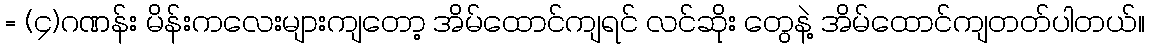
= (၄)ဂဏန်း မိန်းကလေးများကျတော့ အိမ်ထောင်ကျရင် လင်ဆိုး တွေနဲ့ အိမ်ထောင်ကျတတ်ပါတယ်။